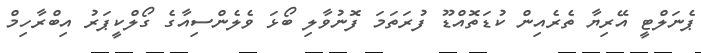
ޕެނަލްޓީ އޭރިޔާ ތެރެއިން ކުޑަތޮއްޑޫ ފުރަތަމަ ފޮނުވާލި ބޯޅަ ވެލެންސިއާގެ ގޯލްކީޕަރު އިބްރާހިމް